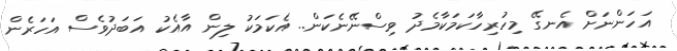
އަހަންނަށް އެނގޭ މިހުރިހާކަމަކާމެދު ވިސްނޭނެކަން.. އެކަމަކު ލިން އާއެކު އަބަދުވެސް އަހަރެން